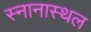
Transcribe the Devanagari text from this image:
स्नानास्थल